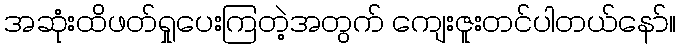
အဆုံးထိဖတ်ရှုပေးကြတဲ့အတွက် ကျေးဇူးတင်ပါတယ်နော်။